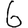
Digit: 6